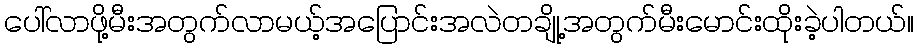
ပေါ်လာဖို့မီးအတွက်လာမယ့်အပြောင်းအလဲတချို့အတွက်မီးမောင်းထိုးခဲ့ပါတယ်။